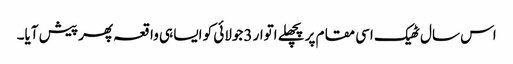
اس سال ٹھیک اسی مقام پر پچھلے اتوار 3جولائی کو ایسا ہی واقعہ پھر پیش آیا۔